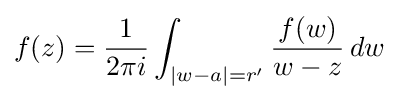
f(z)={\frac {1}{2\pi i}}\int _{|w-a|=r'}{\frac {f(w)}{w-z}}\,dw